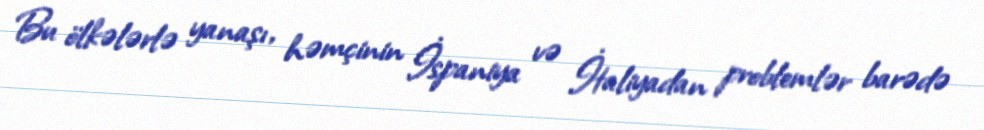
Bu ölkələrlə yanaşı, həmçinin İspaniya və İtaliyadan problemlər barədə